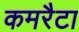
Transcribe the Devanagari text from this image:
कमरैटा